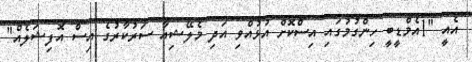
އެއީ "1އެމްޑީބީ ހިންގުމުގައި އިސްކޮށް އުޅުއްވި އަދި މެލޭޝިއާ ސަރުކާރުގެ އިސް އޮފިޝަލެއް"